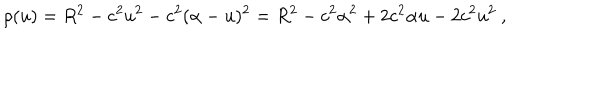
LaTeX: \rho ( u ) = R ^ { 2 } - c ^ { 2 } u ^ { 2 } - c ^ { 2 } ( \alpha - u ) ^ { 2 } = R ^ { 2 } - c ^ { 2 } \alpha ^ { 2 } + 2 c ^ { 2 } \alpha u - 2 c ^ { 2 } u ^ { 2 } \ ,